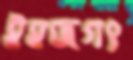
ইহজগৎ